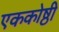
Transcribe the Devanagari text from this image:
एककोष्ठी